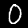
Label: 0